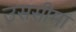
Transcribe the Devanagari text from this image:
उससीमा